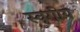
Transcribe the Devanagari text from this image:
स्वृगीय